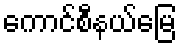
ကောင်စီနယ်မြေ